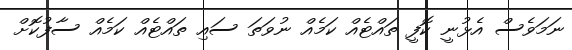
ނަމަވެސް އެޅުނީ ކޮފީ ތައްޓެއް ކަމެއް ނުވަތަ ސައި ތައްޓެއް ކަމެއް ސާފުކޮށް